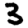
Digit: 3